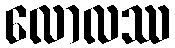
လောလဿ